Civil Veterinary Dept. Assam report 1927-50 - 1927-1950
Year: 1927
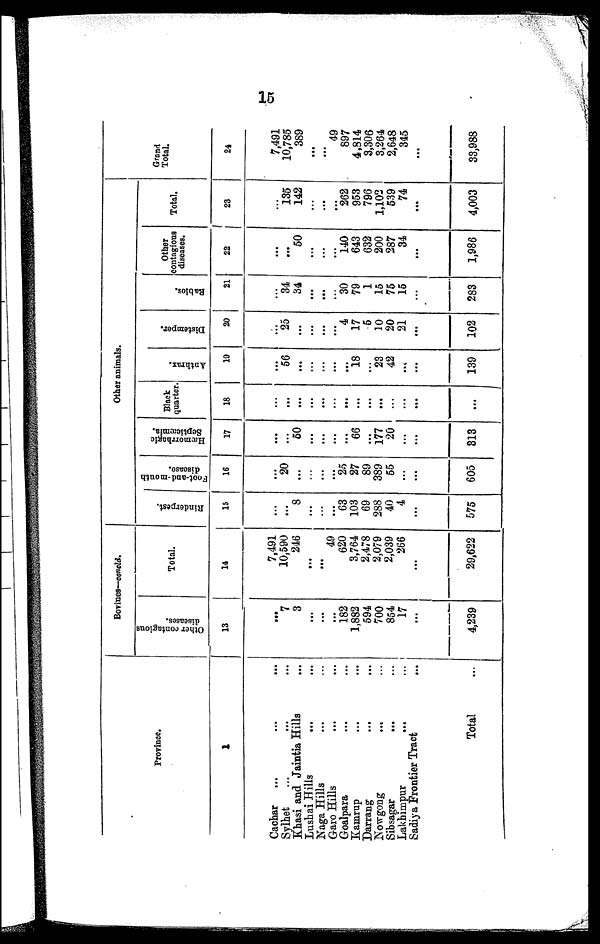
15
Province.
1
Cachar ... ... ...
Sylhet
... ... ...
Khasi and Jaintia Hills ...
Lushai Hills ... ...
Naga Hills ... ...
Garo Hills ... ...
Goalpara ... ...
Kamrup ... ...
Darrang ... ...
Nowgong ... ...
Sibsagar ... ...
Lakhimpur ... ...
Sadiya Frontier Tract ...
Total ...
Bovines—concld.
Other contagions
diseases.
13
...
7
3
...
...
...
182
1,882
594
700
854
17
...
4,239
Total.
14
7,491
10,590
246
...
...
49
620
3,764
2,478
2,079
2,039
266
...
29,622
Other animals.
Rinderpest.
15
...
...
8
...
...
...
63
103
69
288
40
4
...
575
Foot-and -month
16
...
20
...
...
...
...
25
27
89
389
55
...
...
605
Hæmorrhagic
Septicæmia.
17
...
...
50
...
...
...
...
66
...
177
20
...
...
313
Black
quarter
18
...
...
...
...
...
...
...
...
...
...
..
...
...
...
Anthrax.
19
...
56
...
...
...
...
...
18
...
23
42
...
...
139
Distemper.
20
...
25
...
...
...
...
4
17
5
10
20
21
...
102
Rabies.
21
...
34
34
...
...
..
30
79
1
15
75
15
...
283
Other
contagious
diseases.
22
...
...
50
...
...
...
140
643
632
200
287
34
...
1,986
Total.
23
...
135
142
...
...
...
262
953
796
1,102
539
74
...
4,003
Grand
Total.
24
7,491
10,785
389
...
...
49
897
4,814
3,306
3,264
2,648
345
...
33,988